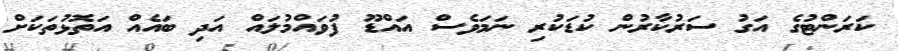
ކަރަންޓުގެ އަގު ސަރުކާރުން ކުޑަކުރި ނަމަވެސް އައްޑޫ ފުވައްމުލައް އަދި ބައެއް އަތޮޅުތަކަށް